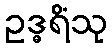
ဥဒ္ဓရိံသု